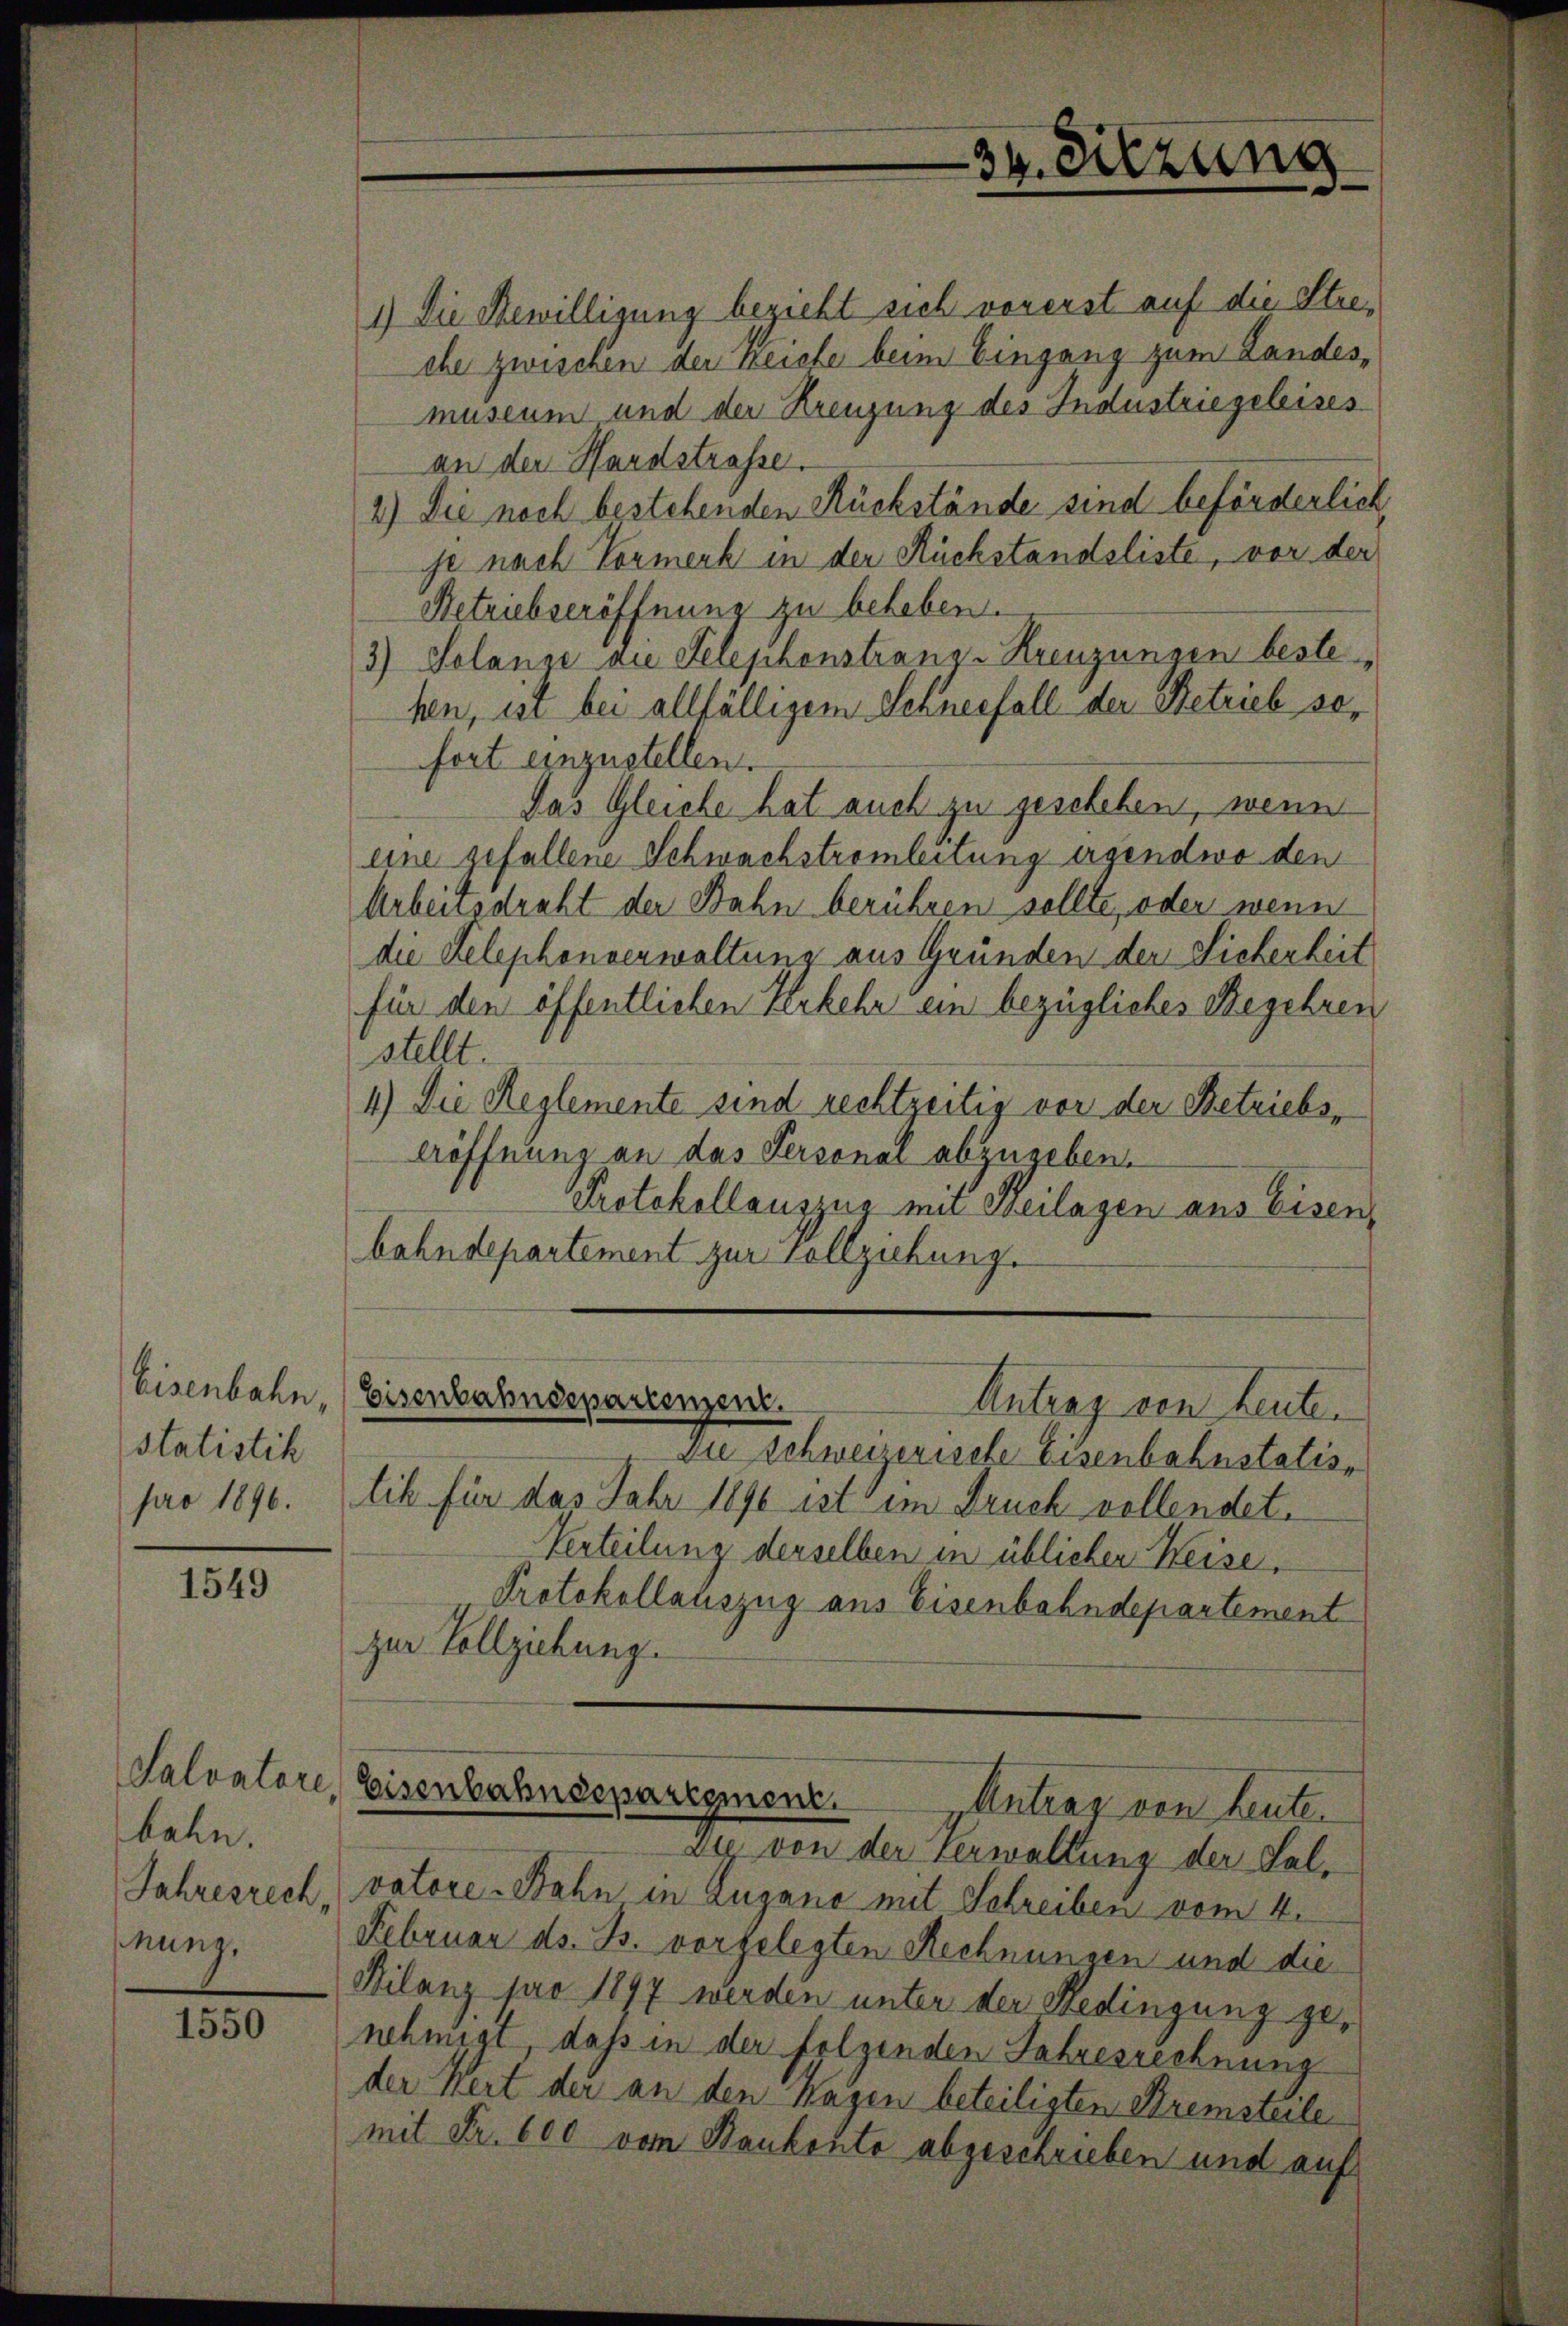
34. Sitzung

1) Die Bewilligung bezieht sich vorerst auf die Streche zwischen der Reiche beim Eingang zum Landesmuseum und der Kreuzung des Industriegeleises
an der Hardstrasse.
2.) Die noch bestehenden Rückstände sind beförderlich,
je nach Vormerk in der Rückstandsliste, vor der
Retriebseröffnung zu beheben.
3) Solanse die Telephonstranz-Kreuzungen beste
hen, ist bei allfälligem Schneefall der Betrieb sofort einzustellen.
Das Gleiche hat auch zu geschehen, wenn
eine gefallene Schwachstromleitung ergendwo den
Arbeitsdraht der Bahn berühren sollte, oder wenn
die Telephonverwaltung aus Gründen der Sicherheit
für den öffentlichen Kerkehr ein bezügliches Begehren
stellt.
4.) Die Reglemente sind rechtzeitig vor der Betriebs,
eröffnung an das Personal abzugeben.
Protokollauszug ein Heilagen aus Eisen,
bahndepartement zur Vollziehung.

Eisenbahn,
statistik
pro 1896.

Eisenbahndepartenzen.
Antrag von heuten

Die Schweizerische Eisenbahnstatis
tik für das Jahr 1890 ist im Druck vollendet.
Verteilung derselben in üblichen Keise,
Protokollauszug aus Eisenbahndepartement
zur Vollziehung.

1549

Salvatare,
bahn.
Jahresrech,
nung,

Eisenbahndepartement.
Antrag von heuten

Die von der Verwaltung der Salvatore Bahn in Lugano mit Schreiben vom 4.
Februar ds. B. vorgelegten Rechnungen und die
Filanz pro 1897 werden unter der Bedingung genehmigt, daß in der folgenden Jahresrechnung
der Wert der an den hagen beteiligten Bremsteile
mit Fr. 600 vom Bankonte abgeschrieben und auf

1550